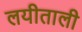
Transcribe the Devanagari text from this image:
लयीताली